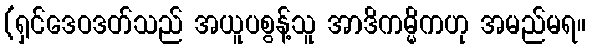
(ရှင်ဒေဝဒတ်သည် အယူပစွန့်သူ အာဒိကမ္မိကဟု အမည်မရ။